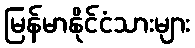
မြန်မာနိုင်ငံသားများ